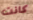
كانت